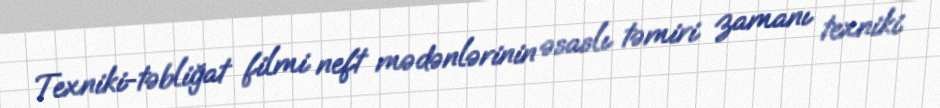
Texniki-təbliğat filmi neft mədənlərinin əsaslı təmiri zamanı texniki